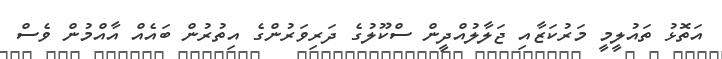
އަތޮޅު ތައުލީމީ މަރުކަޒާއި ޖަލާލުއްދީން ސްކޫލުގެ ދަރިވަރުންގެ އިތުރުން ބައެއް އާއްމުން ވެސް